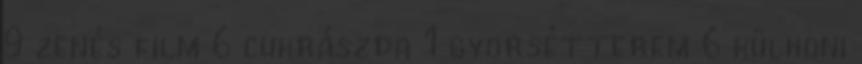
9 zenés film 6 cukrászda 1 gyorsétterem 6 külhoni